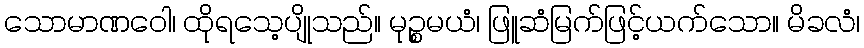
သောမာဏဝေါ၊ ထိုရသေ့ပျိုသည်။ မုဉ္စမယံ၊ ဖြူဆံမြက်ဖြင့်ယက်သော။ မိခလံ၊